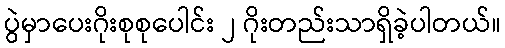
ပွဲမှာပေးဂိုးစုစုပေါင်း ၂ ဂိုးတည်းသာရှိခဲ့ပါတယ်။